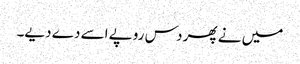
میں نے پھر دس روپے اسے دے دیے۔